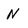
Character: N